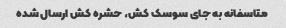
متاسفانه به جای سوسک کش، حشره کش ارسال شده